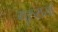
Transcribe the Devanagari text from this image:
गुरुराया